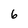
Character: 6